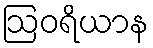
ဩဝရိယာန